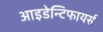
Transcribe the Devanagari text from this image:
आइडेन्टिफायर्स